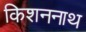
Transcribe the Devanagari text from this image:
किशननाथ